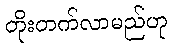
တိုးတက်လာမည်ဟု